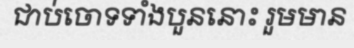
ជាប់ចោទទាំងបួននោះ រួមមាន